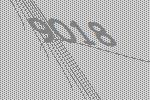
9018